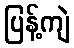
ပြန့်ကျဲ